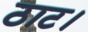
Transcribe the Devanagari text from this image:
ठाट।